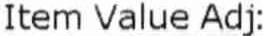
ITEM VALUE ADJ: